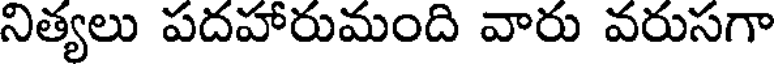
నిత్యలు పదహారుమంది వారు వరుసగా